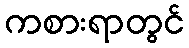
ကစားရာတွင်